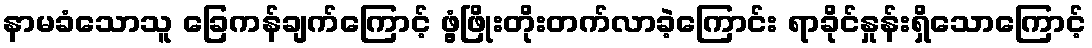
နာမခံသောသူ ခြေကန်ချက်ကြောင့် ဖွံ့ဖြိုးတိုးတက်လာခဲ့ကြောင်း ရာခိုင်နှုန်းရှိသောကြောင့်